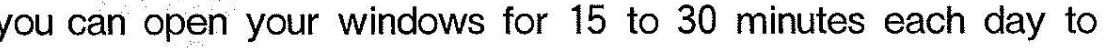
you can open your windows for 15 to 30 minutes each day to